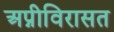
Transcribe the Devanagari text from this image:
अप्नीविरासत